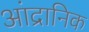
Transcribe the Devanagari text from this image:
आंद्रानिक